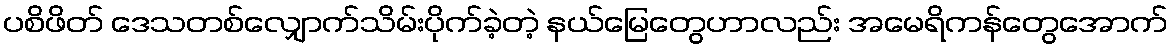
ပစိဖိတ် ဒေသတစ်လျှောက်သိမ်းပိုက်ခဲ့တဲ့ နယ်မြေတွေဟာလည်း အမေရိကန်တွေအောက်